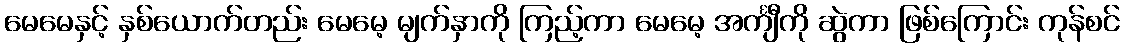
မေမေနှင့် နှစ်ယောက်တည်း မေမေ့ မျက်နှာကို ကြည့်ကာ မေမေ့ အင်္ကျီကို ဆွဲကာ ဖြစ်ကြောင်း ကုန်စင်